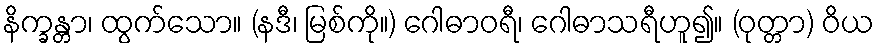
နိက္ခန္တာ၊ ထွက်သော။ (နဒီ၊ မြစ်ကို။) ဂေါဓာဝရီ၊ ဂေါဓာသရီဟူ၍။ (ဝုတ္တာ) ဝိယ